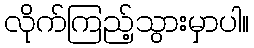
လိုက်ကြည့်သွားမှာပါ။